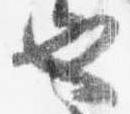
也